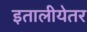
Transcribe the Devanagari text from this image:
इतालीयेतर